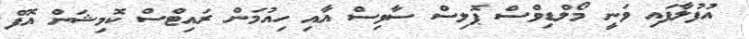
އުފުލާފައި ވަނީ މޯލްޑިވްސް ޕޮލިސް ސާވިސް އާއި ހިއުމަން ރައިޓްސް ކޮމިޝަން އޮފް